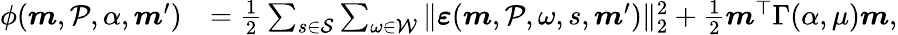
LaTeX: \begin{array}{rl}{\phi(\boldsymbol{m},\mathcal{P},\alpha,\boldsymbol{m}^{\prime})}&{=\frac 12\sum_{s\in\mathcal{S}}\sum_{\omega\in\mathcal{W}}\Vert\boldsymbol{\varepsilon}(\boldsymbol{m},\mathcal{P},\omega,s,\boldsymbol{m}^{\prime})\Vert_{2}^{2}+\frac{1}{2}\boldsymbol{m}^{\top}\Gamma(\alpha,\mu)\boldsymbol{m},}\end{array}